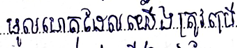
មូលហេតុដែលយើងត្រូវលុប